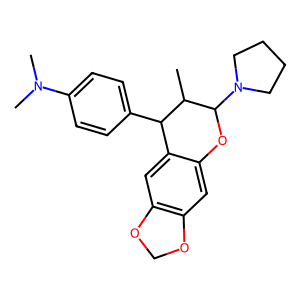
SMILES: CC1C(c2ccc(N(C)C)cc2)c2cc3c(cc2OC1N1CCCC1)OCO3
Inhibits HIV replication: No